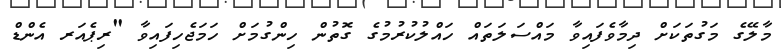
މާލޭގެ މަގުތަކަށް ދިމާވެފައިވާ މައްސަލަތައް ހައްލުކުރުމުގެ ގޮތުން ހިންގުމަށް ހަމަޖެހިފައިވާ "ރިޕެއަރ އެންޑް